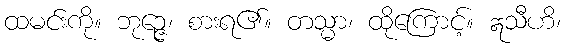
ထမင်းကို။ ဘုဉ္ဇေ၊ စားရ၏။ တသ္မာ၊ ထိုကြောင့်။ ဣသီဟိ၊